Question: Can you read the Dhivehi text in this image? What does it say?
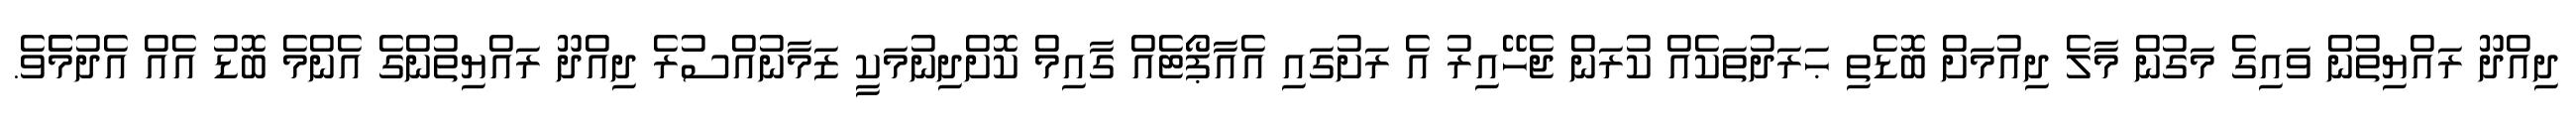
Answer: ދިއްދޫ ރައްޔިތުން ވައިގެ މަގުން މާލެ ދިއުމަށް ބޮޑެތި ޙަރަދުތަކެއް ކުރަން ޖެހޭއިރު އެ ރަށުގައި އެއާޕޯޓެއް ގާއިމް ކޮށްދިނުމަކީ ޒަމާނުއްސުރެ ދިއްދޫ ރައްޔިތުންގެ އެންމެ ބޮޑު އެއް އެދުމެެވެ.